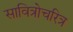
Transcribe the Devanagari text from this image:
सावित्रोचरित्र